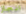
انجاز